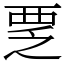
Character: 覂